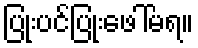
ပြုံးပင်ပြုံးဖေါ်မရ။